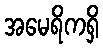
အမေရိကရှိ